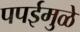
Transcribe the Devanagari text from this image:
पपईमुळे